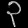
Digit: ၃